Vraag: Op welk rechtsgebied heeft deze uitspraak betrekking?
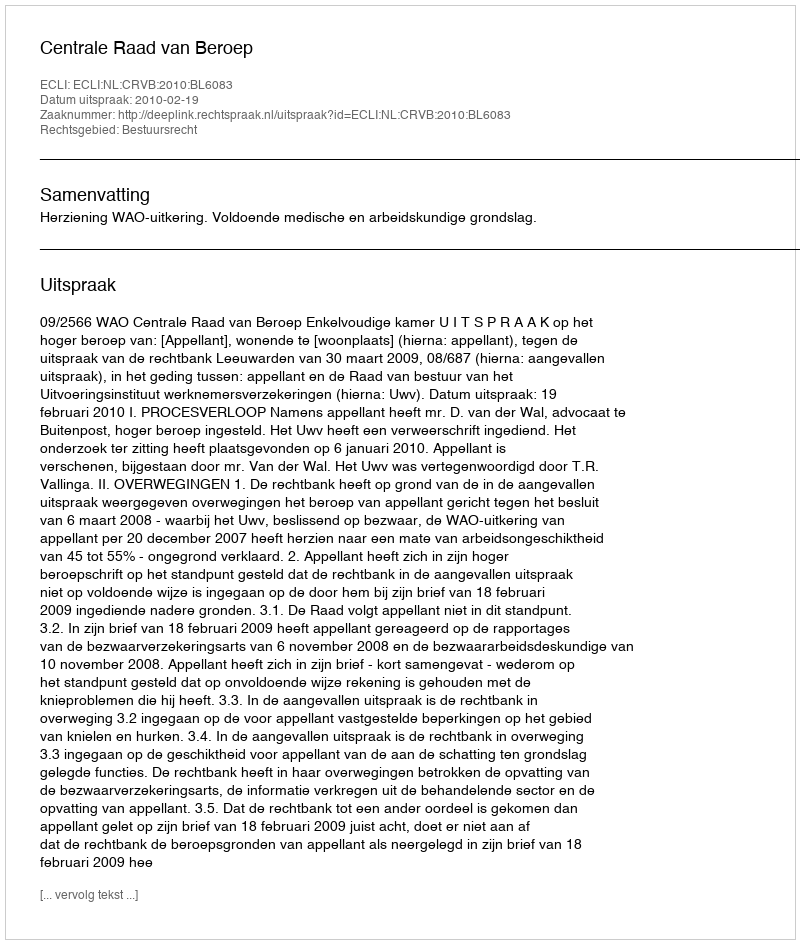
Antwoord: Bestuursrecht